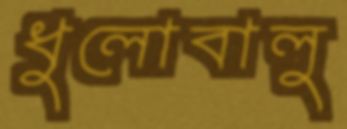
ধুলোবালু